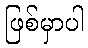
ဖြစ်မှာပါ